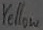
Text: Yellow